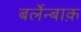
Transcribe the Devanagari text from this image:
बर्लेन्बाक़